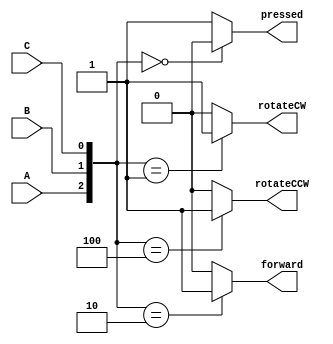
`timescale 1ns / 1ps
//////////////////////////////////////////////////////////////////////////////////
// Company: 
// Engineer: 
// 
// Design Name: 
// Module Name: buttons_driver
// Project Name: 
// Target Devices: 
// Tool Versions: 
// Description: takes in the button inputs and outputs a wire, restricts so that only one can be pressed and can't be held 
// Dependencies: 
// 
// Revision:
// Revision 0.01 - File Created
// Additional Comments:
// 
//////////////////////////////////////////////////////////////////////////////////


module buttons_driver(
    input A, B, C, 
    output reg rotateCCW, //A
    output reg forward, //B
    output reg rotateCW, //C
    output reg pressed
    );

    always @* begin
      //check if only one
      case({A, B, C})
      	3'b000: begin
      		//none
      		rotateCCW = 1'b0;
		forward = 1'b0;
		rotateCW = 1'b0;
		pressed = 1'b0;
	end
        3'b001: begin
        	rotateCCW = 1'b0; // C
        	forward = 1'b0;
        	rotateCW = 1'b1;
        	pressed = 1'b1;
	end
        3'b010: begin
        	rotateCCW = 1'b0;
        	forward = 1'b1; // B
        	rotateCW = 1'b0;
        	pressed = 1'b1;
        end
        3'b100: begin
        	rotateCCW = 1'b1; //A
        	forward = 1'b0;
        	rotateCW = 1'b0;
        	pressed = 1'b1;
        end
        default: begin
        	//multiple pressed
        	rotateCCW = 1'b0;
        	forward = 1'b0;
        	rotateCW = 1'b0;
        	pressed = 1'b1;
        end
      endcase
  end

endmodule